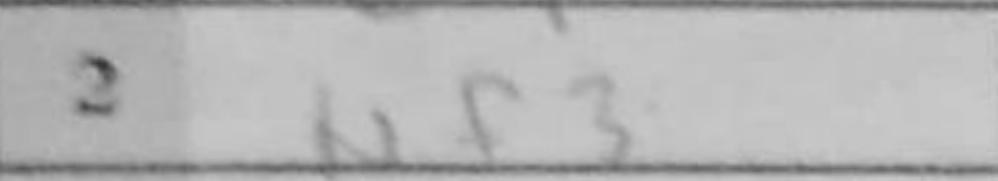
Transcription: Nf3